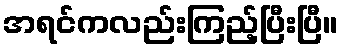
အရင်ကလည်းကြည့်ပြီးပြီ။